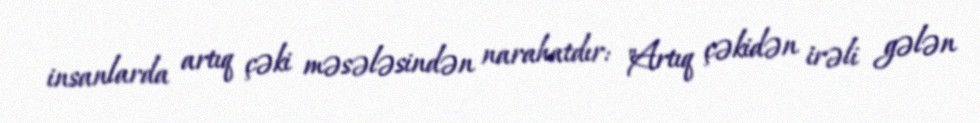
insanlarda artıq çəki məsələsindən narahatdır: "Artıq çəkidən irəli gələn